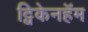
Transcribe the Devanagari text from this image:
ट्विकेनहॅम